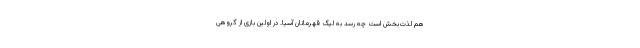
هم لذت‌بخش است چه رسد به لیگ قهرمانان آسیا. در اولین بازی از گروهی